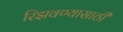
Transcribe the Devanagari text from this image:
रिझवण्यासाठी